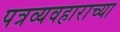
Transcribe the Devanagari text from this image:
पत्रव्यवहाराच्या